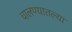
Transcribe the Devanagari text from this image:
चालण्यातल्या